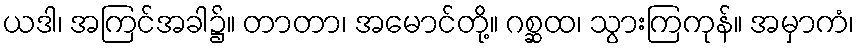
ယဒါ၊ အကြင်အခါ၌။ တာတာ၊ အမောင်တို့။ ဂစ္ဆထ၊ သွားကြကုန်။ အမှာကံ၊